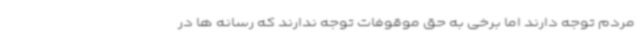
مردم توجه دارند اما برخی به حق موقوفات توجه ندارند که رسانه ها در